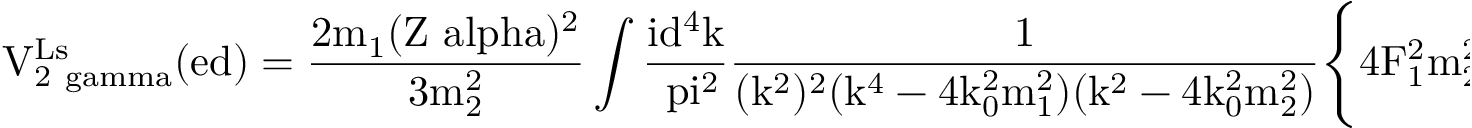
\mathrm { V _ { 2 \ g a m m a } ^ { L s } ( e d ) = \frac { 2 m _ { 1 } ( Z \ a l p h a ) ^ { 2 } } { 3 m _ { 2 } ^ { 2 } } \int \frac { i d ^ { 4 } k } { \ p i ^ { 2 } } \frac { 1 } { ( k ^ { 2 } ) ^ { 2 } ( k ^ { 4 } - 4 k _ { 0 } ^ { 2 } m _ { 1 } ^ { 2 } ) ( k ^ { 2 } - 4 k _ { 0 } ^ { 2 } m _ { 2 } ^ { 2 } ) } \Biggl \{ 4 F _ { 1 } ^ { 2 } m _ { 2 } ^ { 2 } k ^ { 2 } ( k ^ { 2 } - k _ { 0 } ^ { 2 } ) \times }